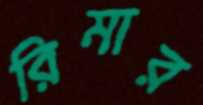
রিমার